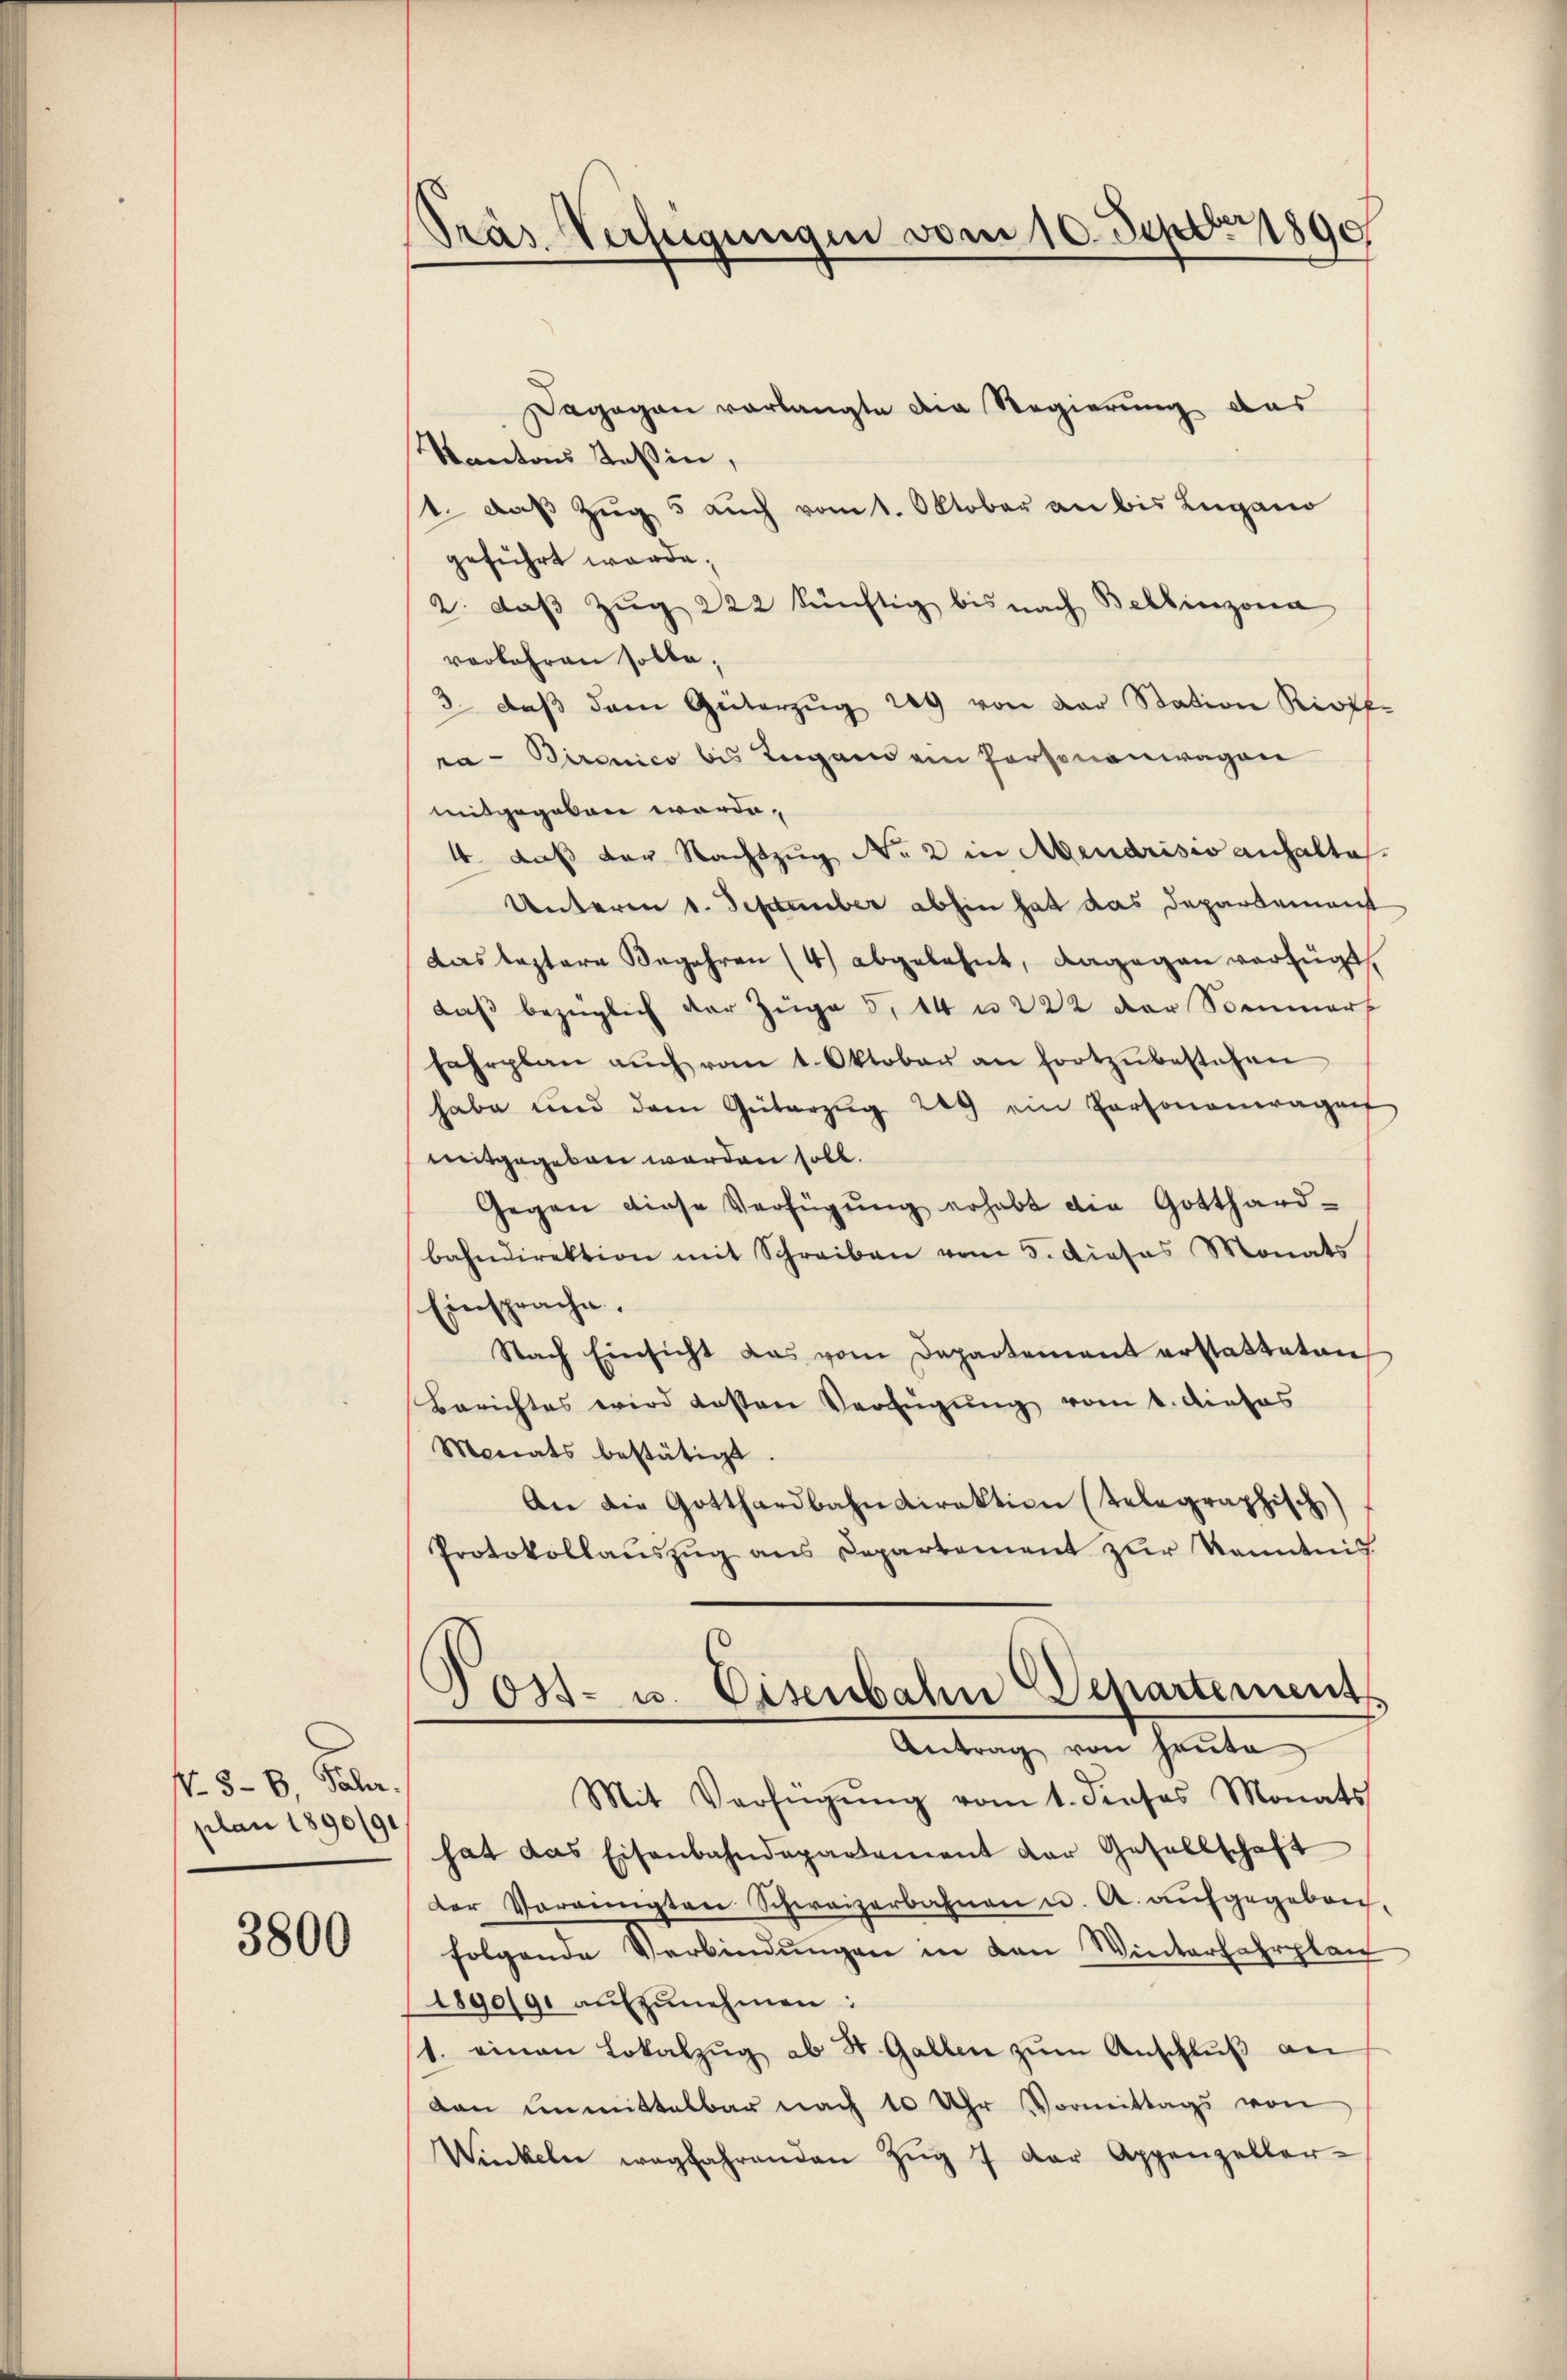
No. 5-6 Pala.
plan 1890/91

3800

Pras Verfügungen vom 10. Sept. 1890

Dagegen vorlangte die Regierung das
Kantons Teßin,
1. daβ Zŭg 5 auch vom 1. Oktober an bis Lugano
geführt werde;
2. daβ Zŭg 222 künftig bis nach Bellinzona
vorkehren solle;
3. daβ den Güterzŭg 209 von der Station Rioff-
ra - Bironico bis Lugand ein Personenwagen
mitgegeben werde,
4. daß der Nachtzug No 2 in Mendrisis anhaltes
Unteren 1. September abhin hat das Departement
das leztere Begehren (4) abgelehnt, dagegen verfügt
daβ bezüglich der Züge 5, 14 u. 222 der Sommers
fahrplan aŭch vom 1. Oktober an fortzŭbestehen
habe und dem Güterzŭg 209 ein Personenwagen
mitgegeben werden soll.
Gegen diese Verfügŭng erhebt die Gotthard-
bahndirektion mit Schreiben vom 5. Dieses Monats
Einsprache.
Nach Einsicht das vom Departement erstatteten
Berichtes wird dessen Verfügung vom 4. dieses
Monats bestätigt.
An die Gotthardbahndirektion telegraphisch)
Protokollaŭszŭg ans Departement zŭr Kenntnis
.
Jos- u. Eisenbahn Departement,
Antrag von heute
Mit Verfügŭng vom 1. dieses Monats
hat das Eisenbahndepartement der Gesellschaft
der Vereinigten Schweizerbahnen u. A. aŭfgegeben-
folgende Verbindungen in den Winterfahrplan
1890/9 aŭfzŭnehmen:
1. einen Lokalzŭg ab St. Gallen zŭm Anschlŭβ an
dan unmittelbar nach 10 Uhr Vormittags von
Winkeln wegfahrenden Zŭg 7 der Appenzeller-